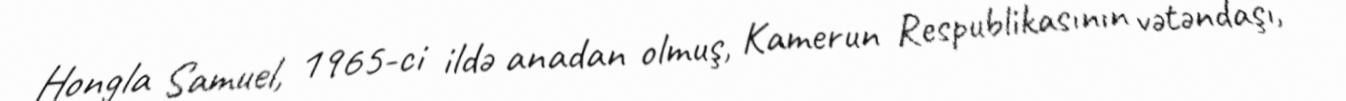
Hongla Samuel, 1965-ci ildə anadan olmuş, Kamerun Respublikasının vətəndaşı,